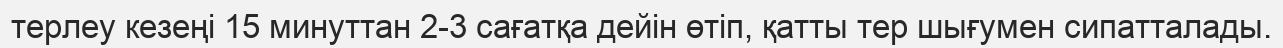
терлеу кезеңі 15 минуттан 2-3 сағатқа дейін өтіп, қатты тер шығумен сипатталады.